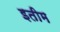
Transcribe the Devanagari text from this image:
इतीम